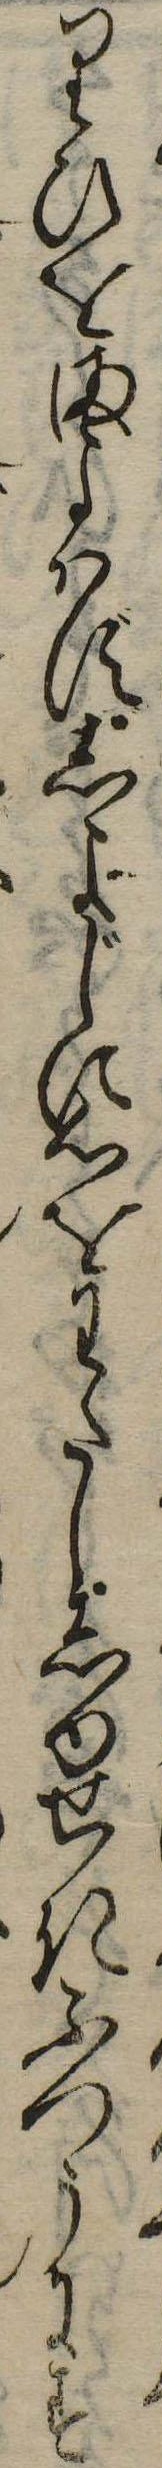
りひをまよはずしよじに心をわたししゆせきふつうにす